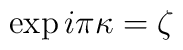
\exp i\pi \kappa = \zeta